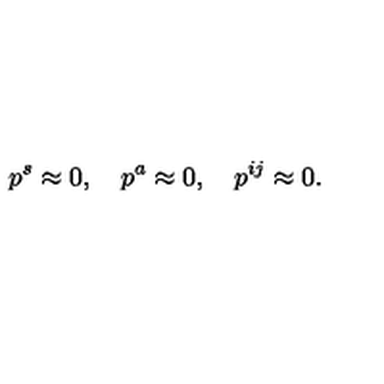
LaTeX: p ^ { s } \approx 0 , \quad p ^ { a } \approx 0 , \quad p ^ { i j } \approx 0 .